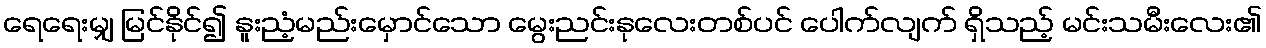
ရေရေးမျှ မြင်နိုင်၍ နူးညံ့မည်းမှောင်သော မွေးညင်းနုလေးတစ်ပင် ပေါက်လျက် ရှိသည့် မင်းသမီးလေး၏